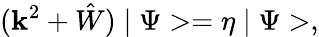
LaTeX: (\mathbf{k}^{2}+\hat{{W}})\mid\Psi>=\eta\mid\Psi>,